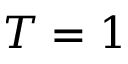
T = 1